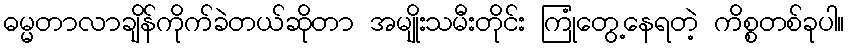
ဓမ္မတာလာချိန်ကိုက်ခဲတယ်ဆိုတာ အမျိုးသမီးတိုင်း ကြုံတွေ့နေရတဲ့ ကိစ္စတစ်ခုပါ။